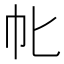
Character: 㠲